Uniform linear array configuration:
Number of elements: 24
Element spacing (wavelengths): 0.5
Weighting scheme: uniform
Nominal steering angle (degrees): -30
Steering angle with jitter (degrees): -30.735
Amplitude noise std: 0.05
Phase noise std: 0.05

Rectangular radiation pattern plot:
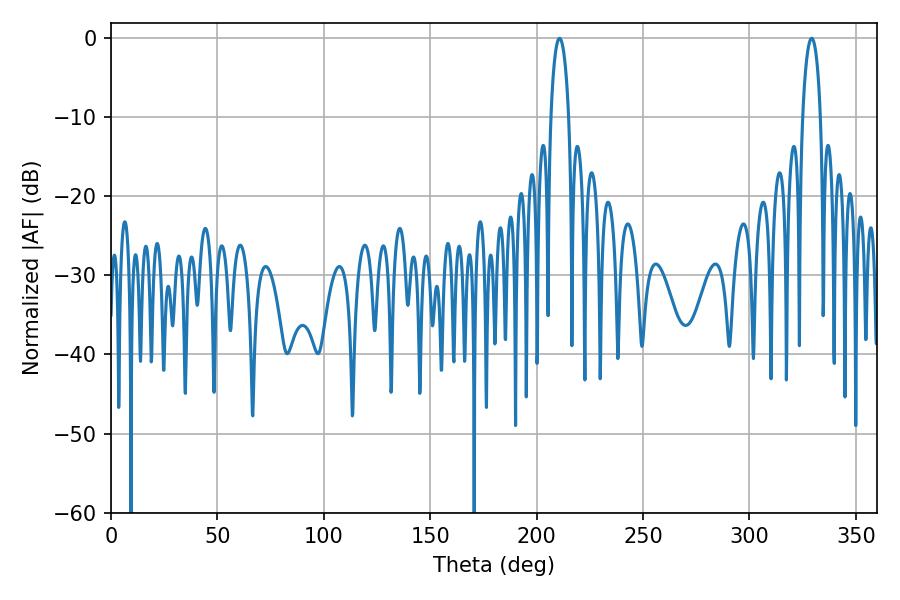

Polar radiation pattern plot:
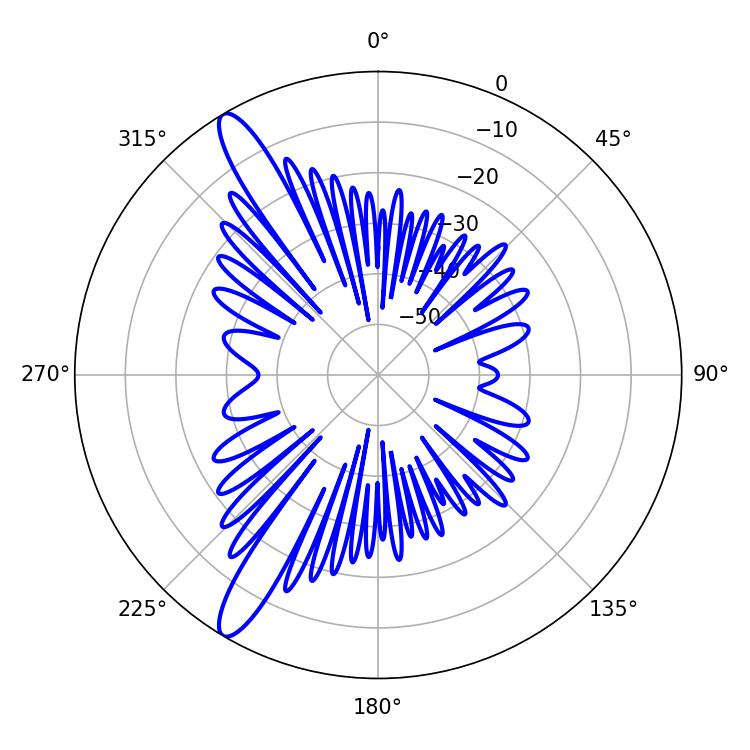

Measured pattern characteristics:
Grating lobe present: FALSE
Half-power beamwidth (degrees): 4.68
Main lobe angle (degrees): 329.22